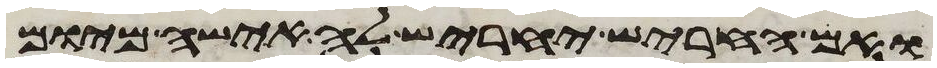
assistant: ואם החריש יחריש לה אישה מיום